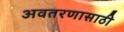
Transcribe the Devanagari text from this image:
अवतरणासाठी